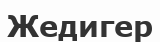
Жедигер